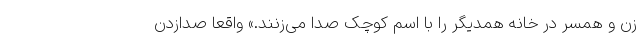
زن و همسر در خانه همدیگر را با اسم کوچک صدا می‌زنند.» واقعا صدازدن